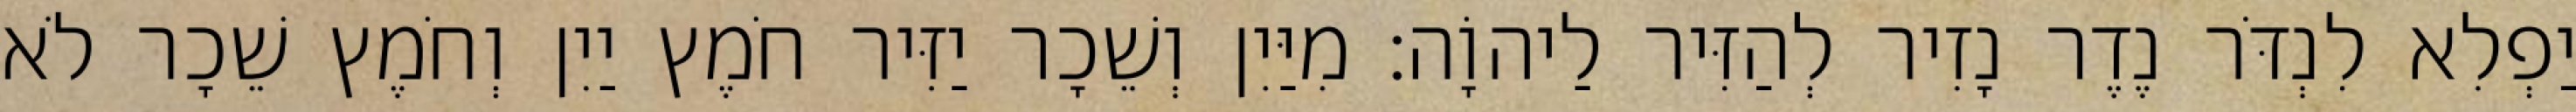
יַפְלִא לִנְדֹּר נֶדֶר נָזִיר לְהַזִּיר לַיהוָֹה׃ מִיַּיִן וְשֵׁכָר יַזִּיר חֹמֶץ יַיִן וְחֹמֶץ שֵׁכָר לֹא